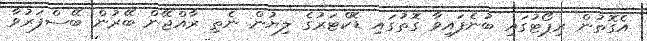
އެގޮތުން ރިޕޯޓުގައި ބުނެފައިވާ ގޮތުގައި ޑޮކްޓަރުގެ ލިޔުން ނެތި ރާއްޖޭން ބޭރުން ބޭސްފަރުވާ